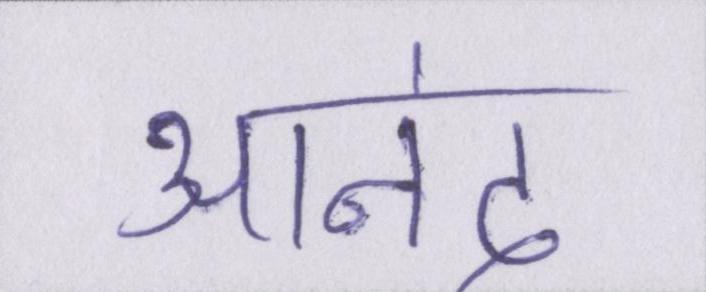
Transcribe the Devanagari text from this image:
आनंद